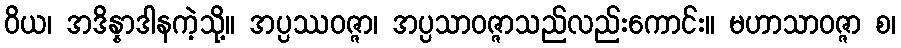
ဝိယ၊ အဒိန္နာဒါနကဲ့သို့။ အပ္ပဿဝဇ္ဇာ၊ အပ္ပသာဝဇ္ဇာသည်လည်းကောင်း။ မဟာသာဝဇ္ဇာ စ၊